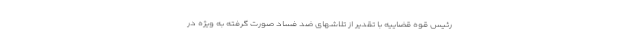
رئیس قوه قضاییه با تقدیر از تلاشهای ضد فساد صورت گرفته به ویژه در